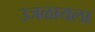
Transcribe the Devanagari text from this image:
उजळायला